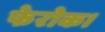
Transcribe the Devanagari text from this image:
फेरोक।